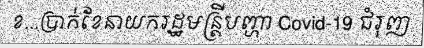
ខ...ប្រាក់ខែនាយករដ្ឋមន្ត្រីបញ្ហា Covid-19 ជំរុញ